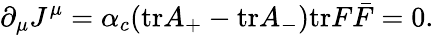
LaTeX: \partial_{\mu}J^{\mu}=\alpha_{c}(\mathrm{tr}A_{+}-\mathrm{tr}A_{-})\mathrm{tr}F\bar{F}=0.